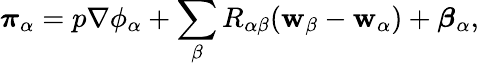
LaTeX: \begin{array}{r}{\boldsymbol{\pi}_{\alpha}=p\nabla\phi_{\alpha}+\displaystyle\sum_{\beta}R_{\alpha{\beta}}(\mathbf{w}_{\beta}-\mathbf{w}_{\alpha})+\boldsymbol{\beta}_{\alpha},}\end{array}